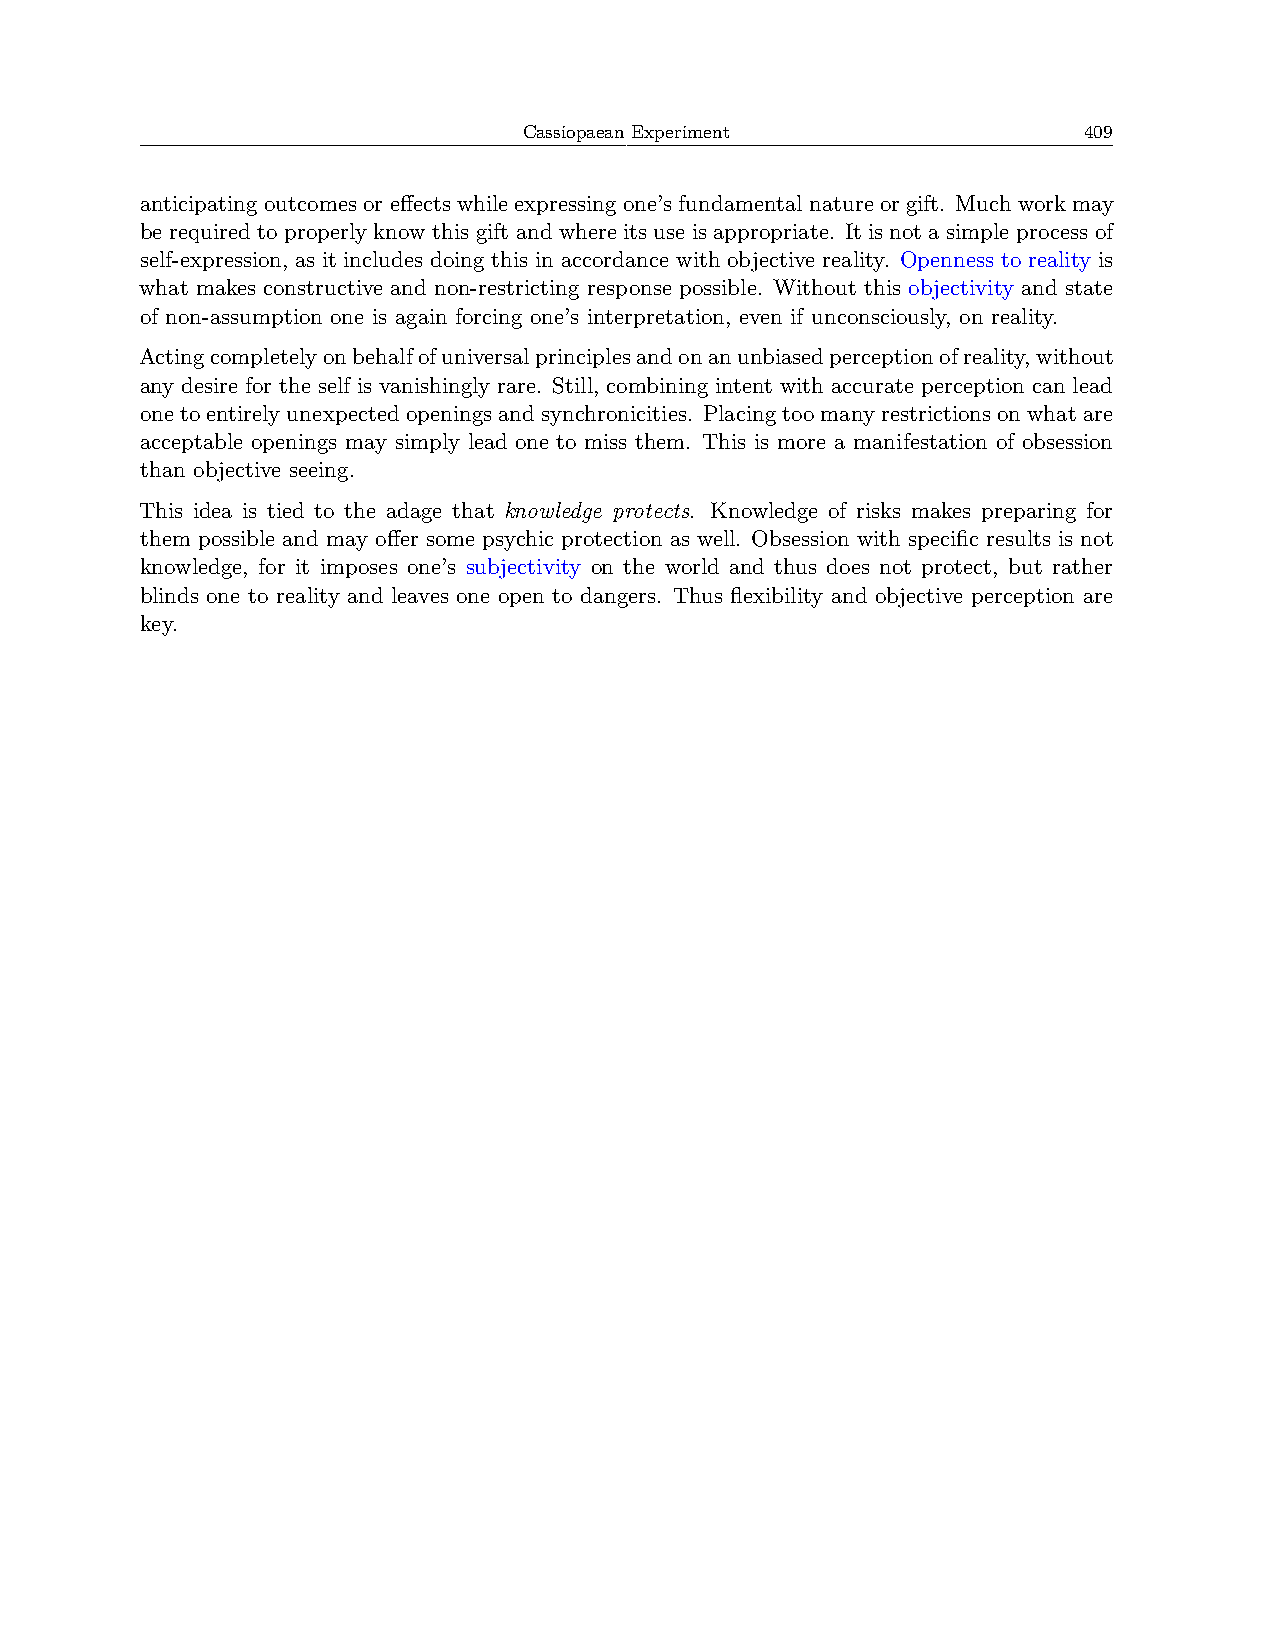
Cassiopaean Experiment               409
 anticipating outcomes or effects while expressing one’s fundamental nature or gift. Much work may
 be required to properly know this gift and where its use is appropriate. It is not a simple process of
 self-expression, as it includes doing this in accordance with objective reality. Openness to reality is
 what makes constructive and non-restricting response possible. Without this objectivity and state
 of non-assumption one is again forcing one’s interpretation, even if unconsciously, on reality.
 Actingcompletelyonbehalfofuniversalprinciplesandonanunbiasedperceptionofreality,without
 any desire for the self is vanishingly rare. Still, combining intent with accurate perception can lead
 onetoentirelyunexpectedopeningsandsynchronicities. Placingtoomanyrestrictionsonwhatare
 acceptable openings may simply lead one to miss them. This is more a manifestation of obsession
 than objective seeing.
 This idea is tied to the adage that knowledge protects. Knowledge of risks makes preparing for
 them possible and may offer some psychic protection as well. Obsession with specific results is not
 knowledge, for it imposes one’s subjectivity on the world and thus does not protect, but rather
 blinds one to reality and leaves one open to dangers. Thus flexibility and objective perception are
 key.